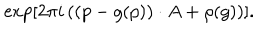
LaTeX: \exp \left[ 2 \pi i \left( ( p - g ( p ) ) \cdot A + \rho ( g ) \right) \right] .